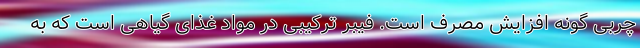
چربی گونه افزایش مصرف است. فیبر ترکیبی در مواد غذای گیاهی است که به